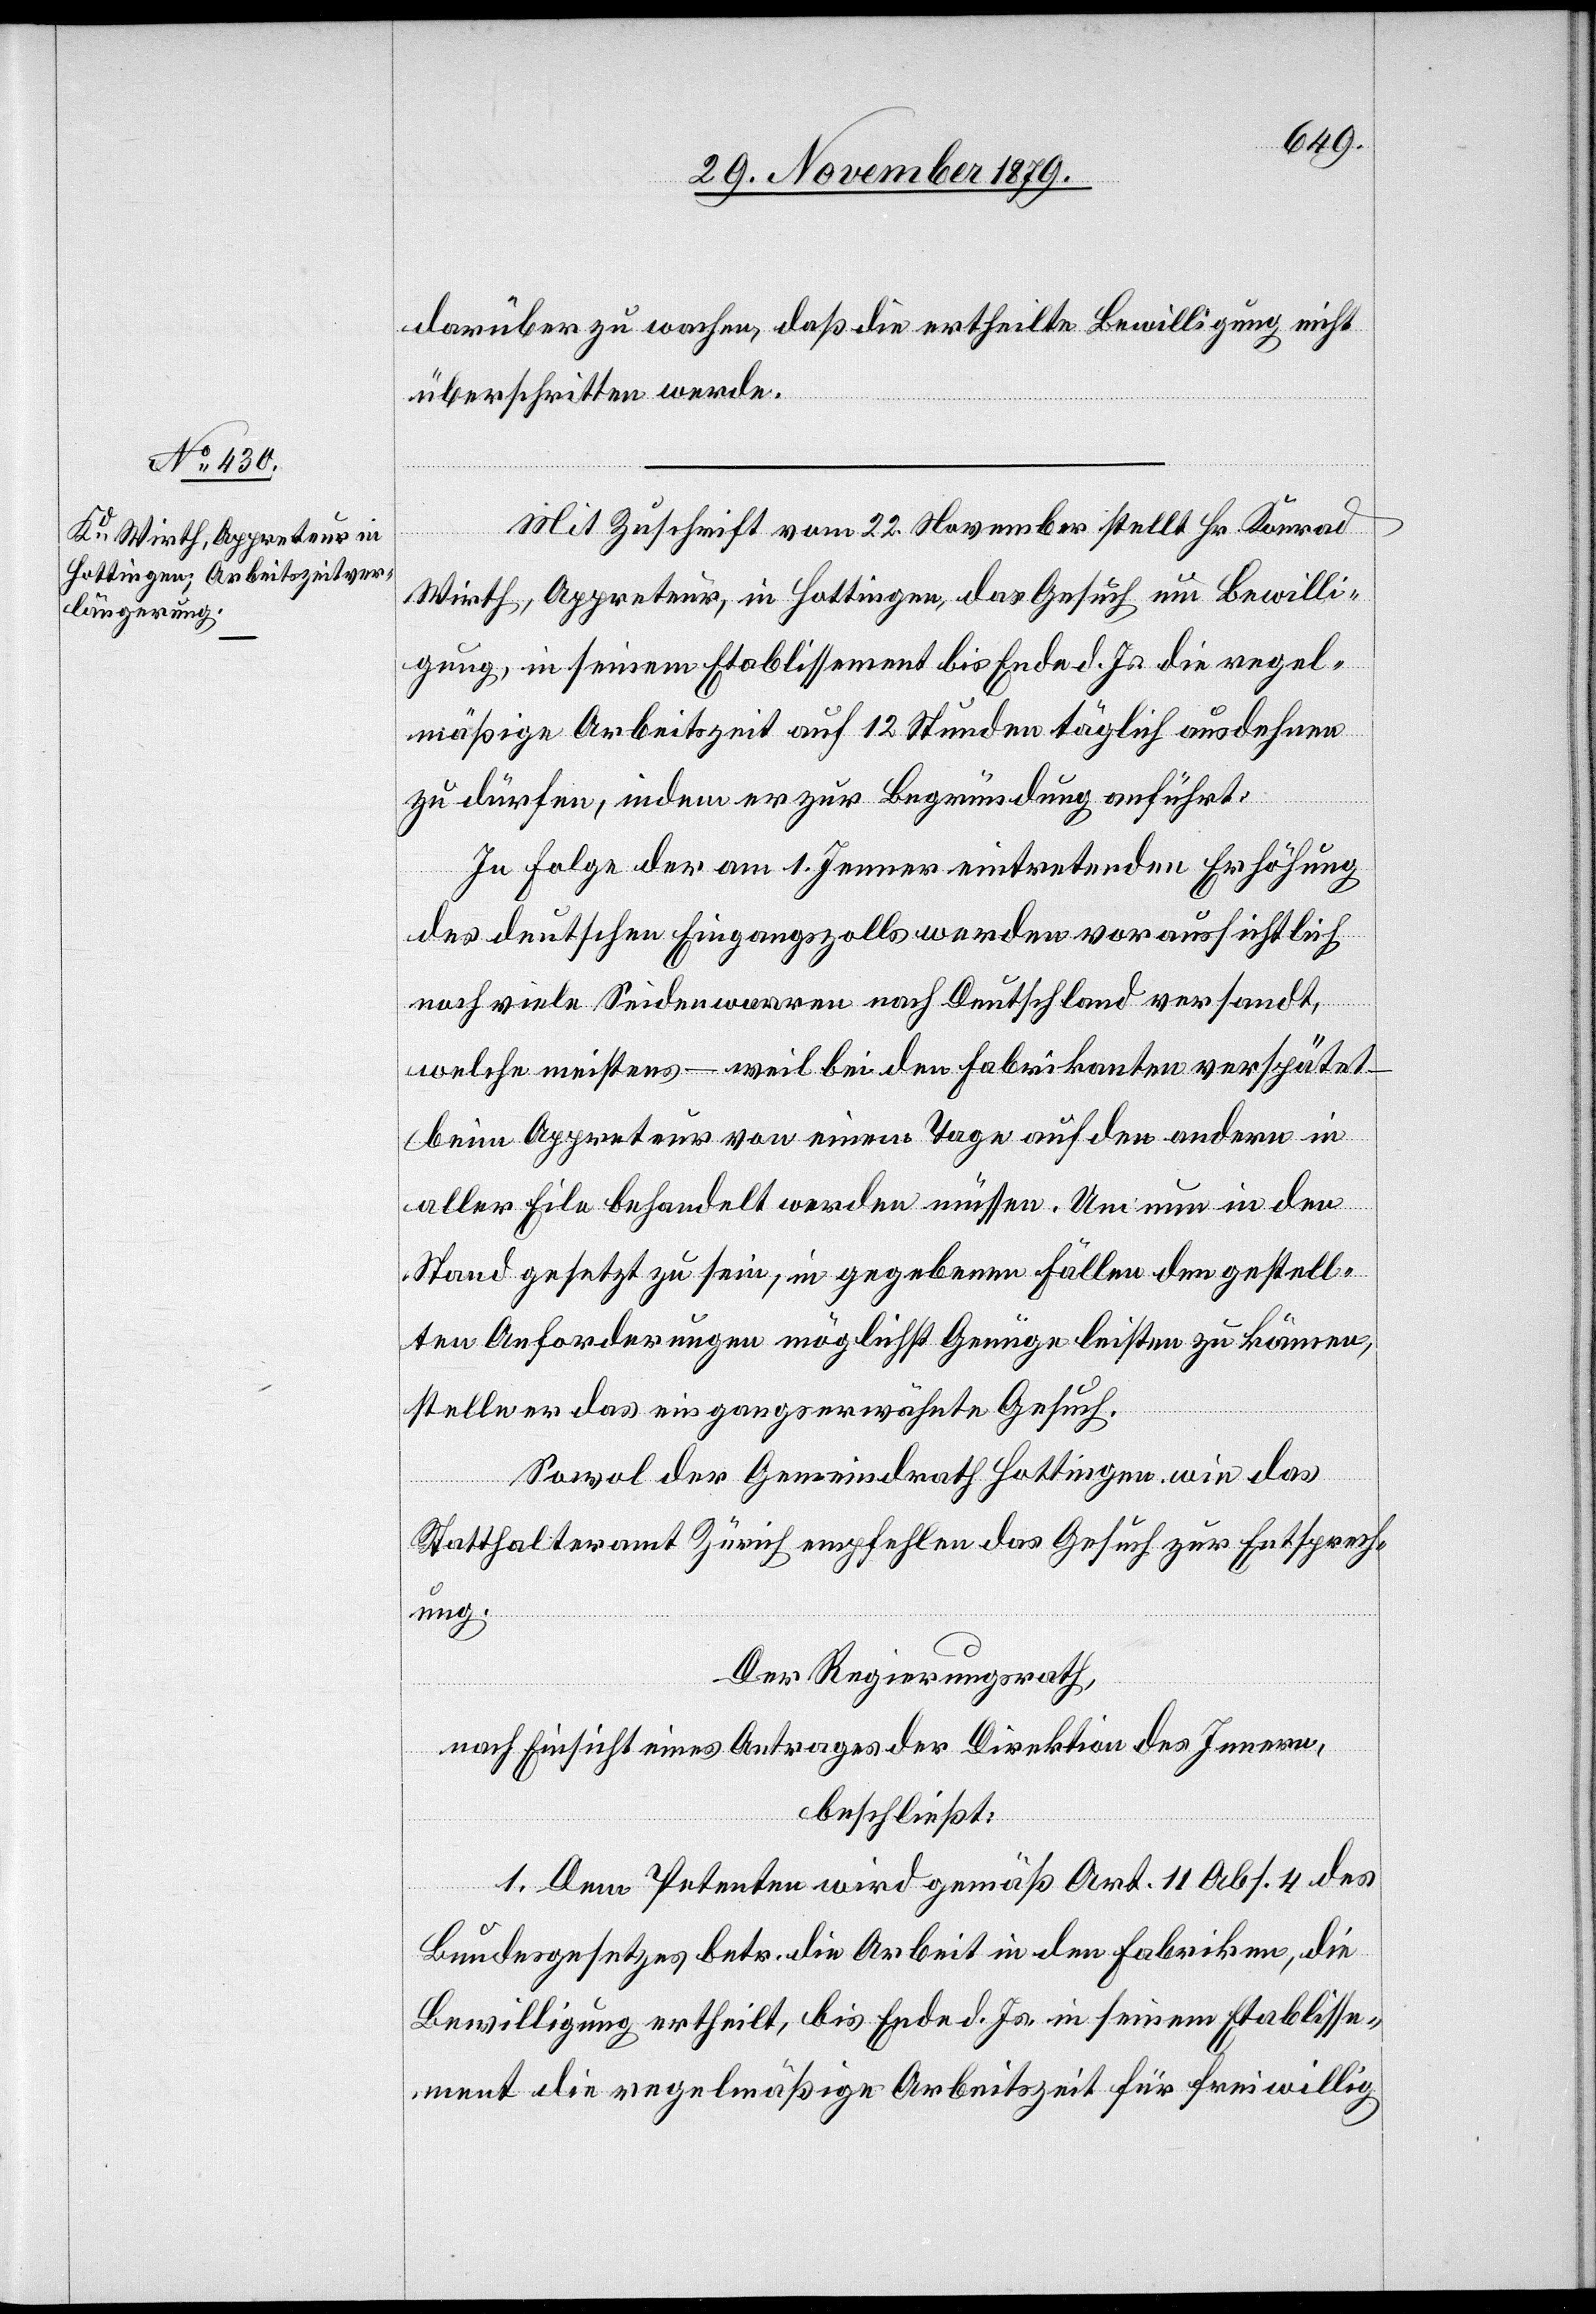
darüber zu wachen, daß die ertheilte Bewilligung nicht
überschritten werde.
Mit Zuschrift vom 22. November stellt Hr. Konrad
Wirt, Appreteur, in Hottingen, das Gesuch um Bewilli¬
gung, in seinem Etablissement bis Ende d. Js. die regel¬
mäßige Arbeitszeit auf 12 Stunden täglich ausdehnen
zu dürfen, indem er zur Begründung anführt:
In Folge der am 1. Jenner eintretenden Erhöhung
des deutschen Eingangszolls werden voraussichtlich
noch viele Seidenwaaren nach Deutschland versandt,
welche meistens – weil bei den Fabrikanten verspätet
beim Appreteur von einem Tage auf den andern in
aller Eile behandelt werden müssen. Um nun in den
Stand gesetzt zu sein, in gegebenen Fällen den gestell¬
ten Anforderungen möglichst Genüge leisten zu können,
stelle er das eingangserwähnte Gesuch.
Sowol der Gemeindrath Hottingen wie das
Statthalteramt Zürich empfehlen das Gesuch zur Entsprech¬
ung.
Der Regierungsrath,
nach Einsicht eines Antrages der Direktion des Innern,
beschließt:
1. Dem Petenten wird gemäß Art. 11, Abs. 4 des
Bundesgesetzes betr. die Arbeit in den Fabriken, die
Bewilligung ertheilt, bis Ende d. Js. in seinem Etablisse¬
ment die regelmäßige Arbeitszeit für freiwillig